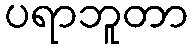
ပရာဘူတာ